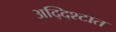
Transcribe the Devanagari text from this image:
अद्दिश्टात